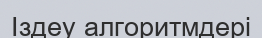
Іздеу алгоритмдері